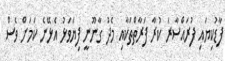
ފާޑުކިޔައި ފުރައްސާރަ ކުރާ ފަރާތްތަކާއި މެދު ގާނޫނީ ފިޔަވަޅު އެޅޭނެ ކަމަށް ވެސް